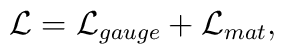
{\cal L} = {\cal L}_{gauge} + {\cal L}_{mat},